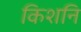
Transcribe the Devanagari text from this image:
किशनि